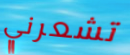
تشعرني